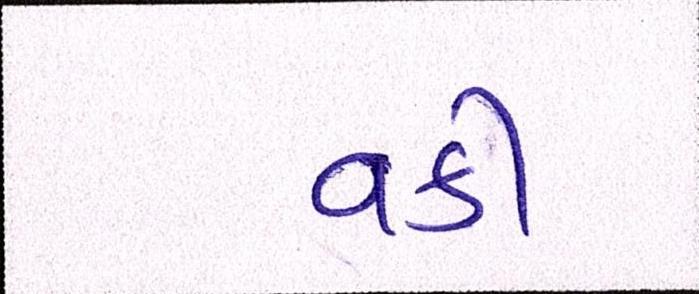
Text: વકી